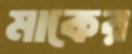
মাকের